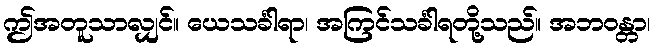
ဤအတူသာလျှင်။ ယေသင်္ခါရာ၊ အကြင်သင်္ခါရတို့သည်။ အဘဝန္တာ၊